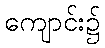
ကျောင်း၌